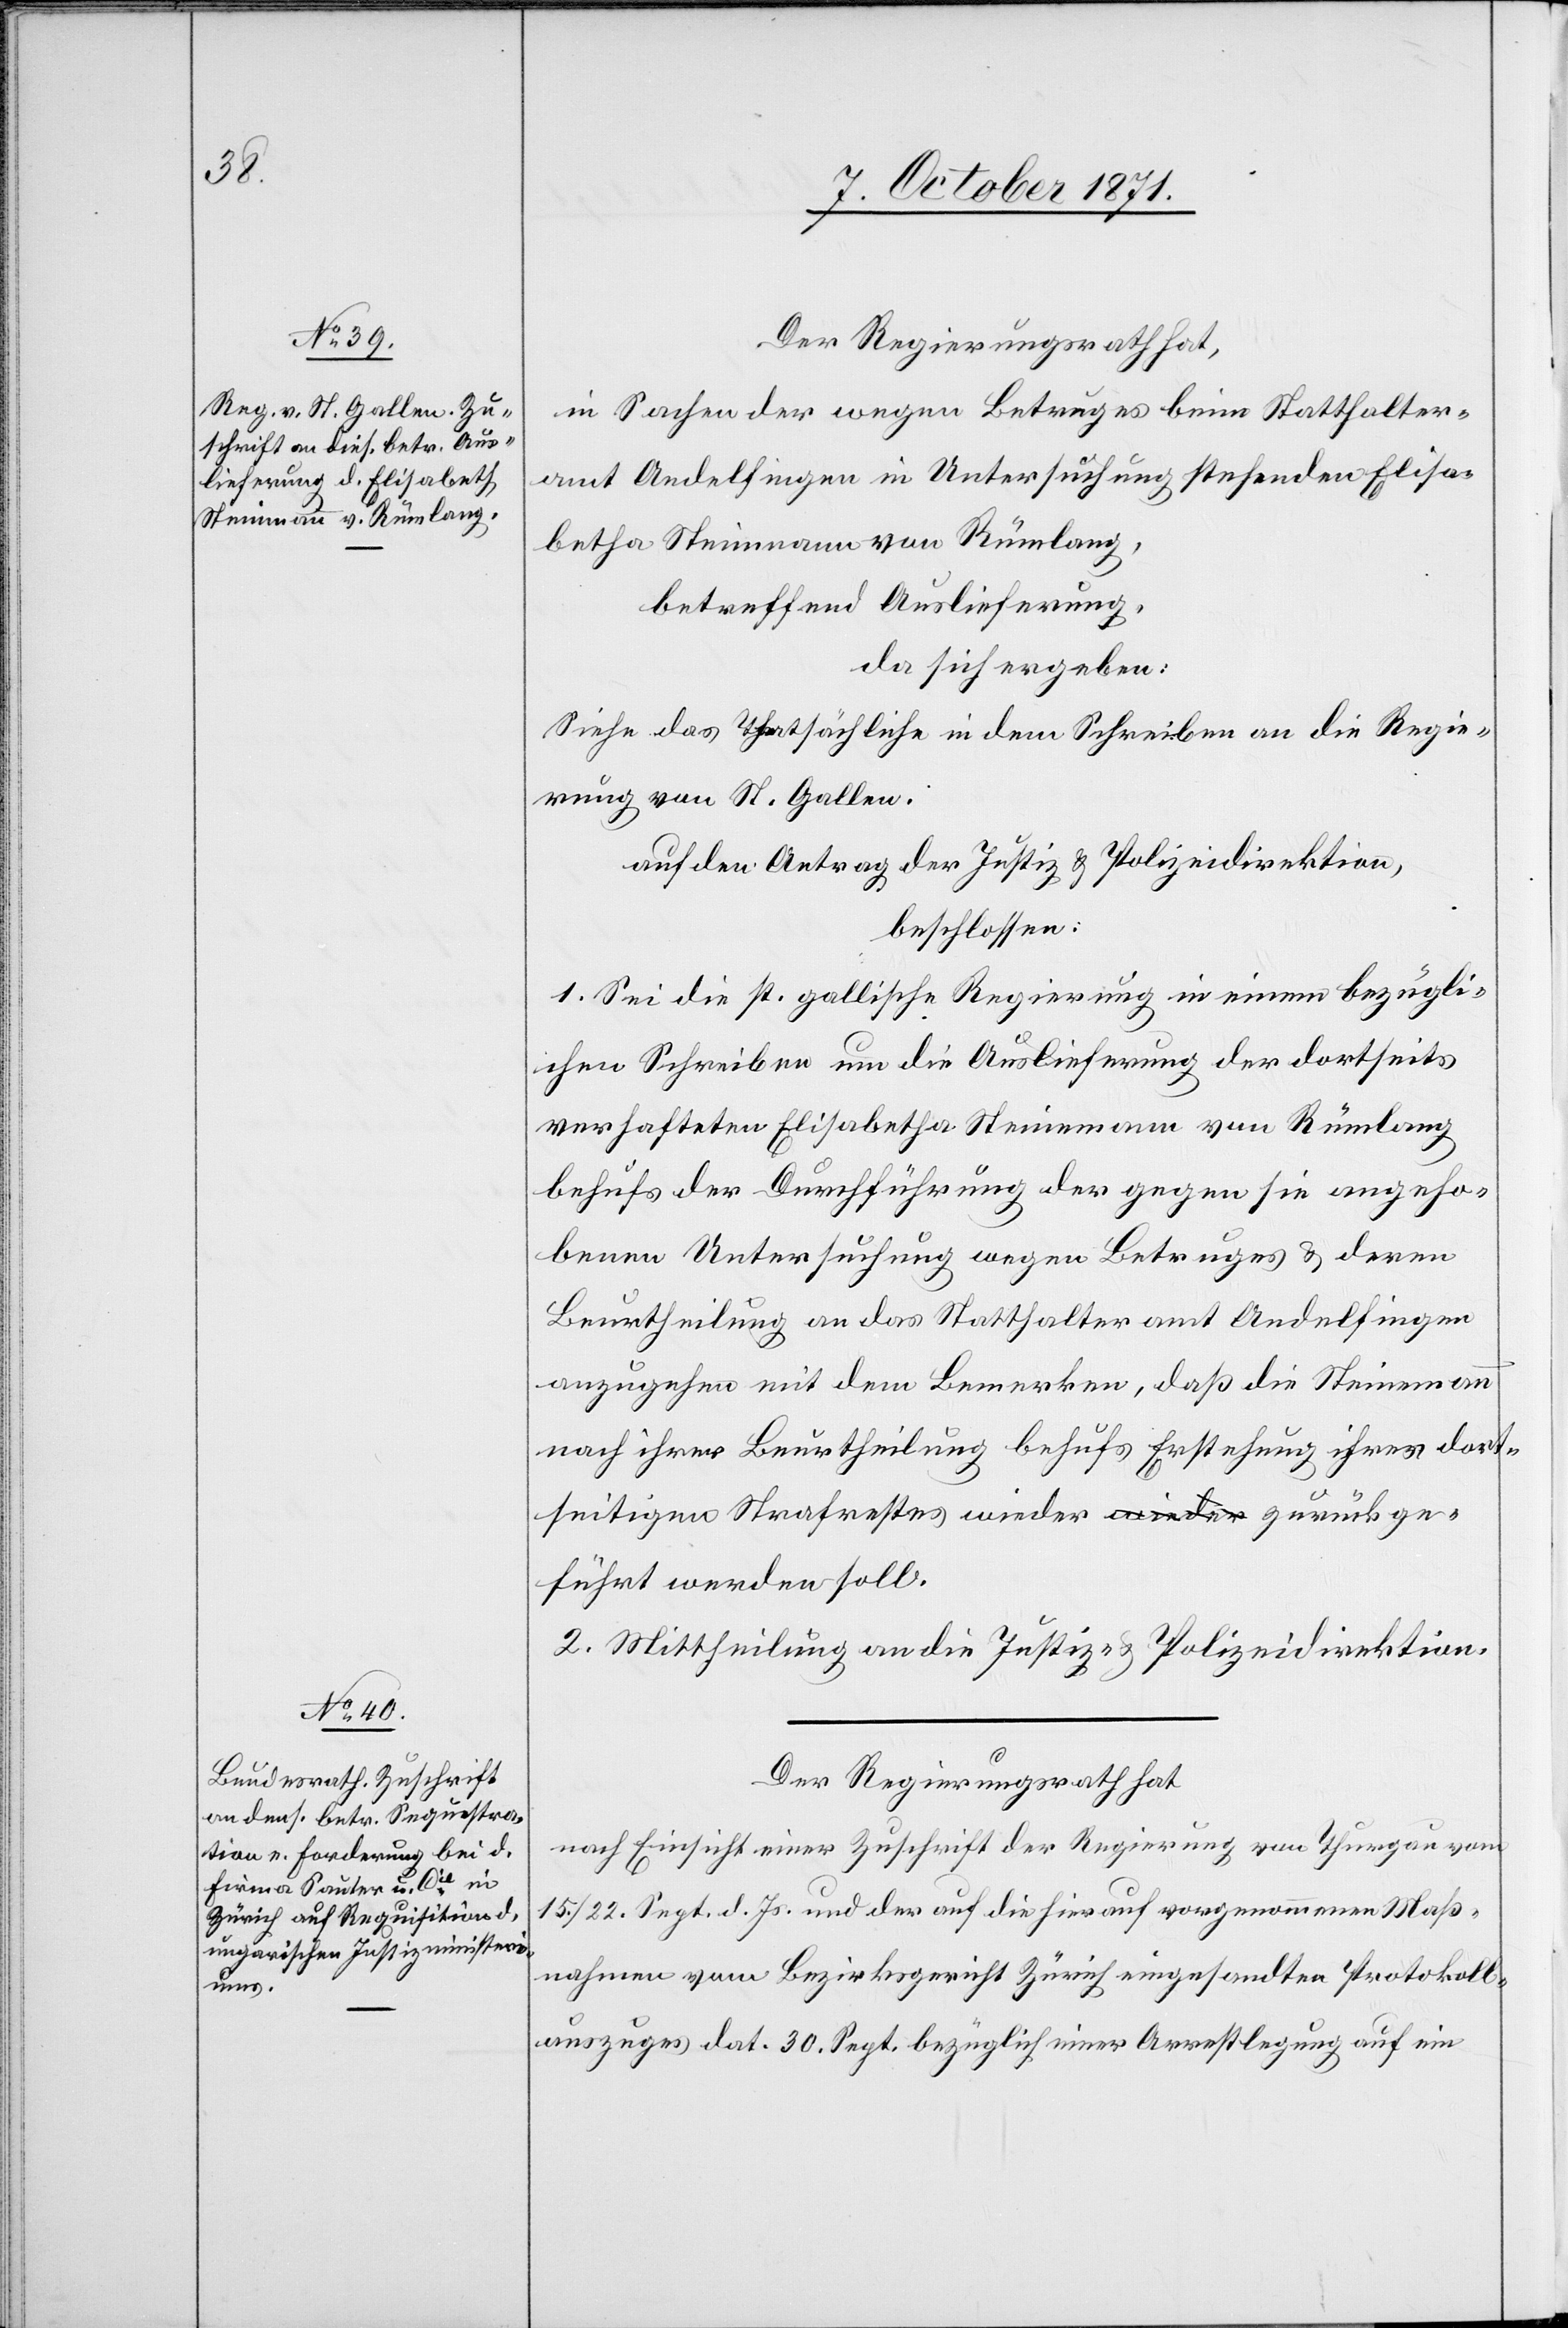
betha
Steinmann von Rümlang,

Der Regierungsrath hat,
in Sachen der wegen Betruges beim Statthalter¬
amt Andelfingen in Untersuchung stehenden Elisa¬
betreffend Auslieferung,
da sich ergeben:
Siehe das Thatsächliche in dem Schreiben an die Regie¬
rung von St. Gallen.
auf den Antrag der Justiz[-] & Polizeidirektion,
beschlossen:
1. Sei die st. Gallische Regierung in einem bezügli¬
chen Schreiben um die Auslieferung der dortseits
verhafteten Elisabetha Steinmann von Rümlang
behufs der Durchführung der gegen sie angeho¬
benen Untersuchung wegen Betruges & deren
Beurtheilung an das Statthalteramt Andelfingen
anzugehen mit dem Bemerken, daß die Steinmann
nach ihrer Beurtheilung behufs Erstehung ihres dort¬
seitigen Strafrestes wieder zurückge¬
führt werden soll.
2. Mittheilung an die Justiz- & Polizeidirektion.
Der Regierungsrath hat
nach Einsicht einer Zuschrift der Regierung von Thurgau vom
15./22. Sept. d. Js. und der auf die hierauf vorgenommenen Maß¬
nahmen vom Bezirksgericht Zürich eingesandten Protokoll¬
auszuges dat. 30. Sept. bezüglich einer Arrestlegung auf ein